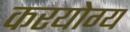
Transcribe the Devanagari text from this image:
करयोग्य